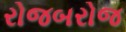
રોજબરોજ